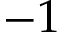
- 1